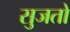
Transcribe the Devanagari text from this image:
सुजतो